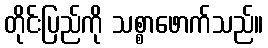
တိုင်းပြည်ကို သစ္စာဖောက်သည်။